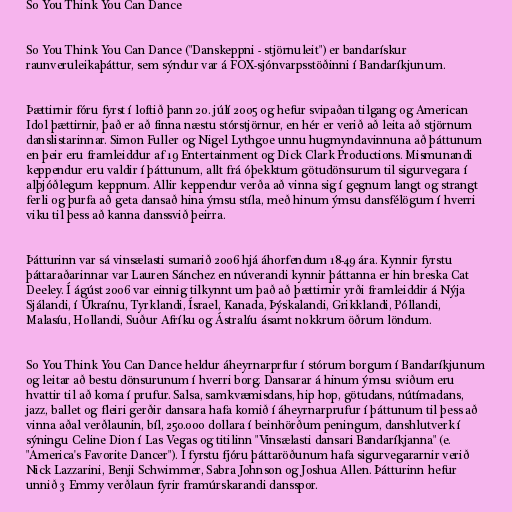
So You Think You Can Dance

So You Think You Can Dance ("Danskeppni - stjörnuleit") er bandarískur
raunveruleikaþáttur, sem sýndur var á FOX-sjónvarpsstöðinni í Bandaríkjunum.

Þættirnir fóru fyrst í loftið þann 20. júlí 2005 og hefur svipaðan tilgang og American
Idol þættirnir, það er að finna næstu stórstjörnur, en hér er verið að leita að stjörnum
danslistarinnar. Simon Fuller og Nigel Lythgoe unnu hugmyndavinnuna að þáttunum
en þeir eru framleiddur af 19 Entertainment og Dick Clark Productions. Mismunandi
keppendur eru valdir í þáttunum, allt frá óþekktum götudönsurum til sigurvegara í
alþjóðlegum keppnum. Allir keppendur verða að vinna sig í gegnum langt og strangt
ferli og þurfa að geta dansað hina ýmsu stíla, með hinum ýmsu dansfélögum í hverri
viku til þess að kanna danssvið þeirra.

Þátturinn var sá vinsælasti sumarið 2006 hjá áhorfendum 18-49 ára. Kynnir fyrstu
þáttaraðarinnar var Lauren Sánchez en núverandi kynnir þáttanna er hin breska Cat
Deeley. Í ágúst 2006 var einnig tilkynnt um það að þættirnir yrði framleiddir á Nýja
Sjálandi, í Úkraínu, Tyrklandi, Ísrael, Kanada, Þýskalandi, Grikklandi, Póllandi,
Malasíu, Hollandi, Suður Afríku og Ástralíu ásamt nokkrum öðrum löndum.

So You Think You Can Dance heldur áheyrnarprfur í stórum borgum í Bandaríkjunum
og leitar að bestu dönsurunum í hverri borg. Dansarar á hinum ýmsu sviðum eru
hvattir til að koma í prufur. Salsa, samkvæmisdans, hip hop, götudans, nútímadans,
jazz, ballet og fleiri gerðir dansara hafa komið í áheyrnarprufur í þáttunum til þess að
vinna aðal verðlaunin, bíl, 250.000 dollara í beinhörðum peningum, danshlutverk í
sýningu Celine Dion í Las Vegas og titilinn "Vinsælasti dansari Bandaríkjanna" (e.
"America's Favorite Dancer"). Í fyrstu fjóru þáttaröðunum hafa sigurvegararnir verið
Nick Lazzarini, Benji Schwimmer, Sabra Johnson og Joshua Allen. Þátturinn hefur
unnið 3 Emmy verðlaun fyrir framúrskarandi dansspor.